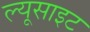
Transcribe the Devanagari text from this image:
ल्यूसाइट